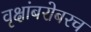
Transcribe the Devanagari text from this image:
वृक्षांबरोबरच